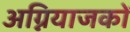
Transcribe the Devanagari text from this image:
अग्नियाजकों